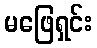
မဖြေရှင်း